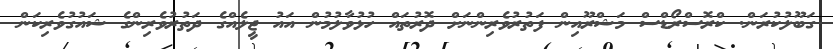
ގަބޫލުކުރަން. ކްރޮސްރޯޑްސް މަޝްރޫއިން ފަތުރުވެރިންނަށް ދޮރުތައް ހުޅުވާލުމުން އައު ޖީލެއްގެ ދަތުރުވެރިންގެ ޝައުގުވެރިކަން